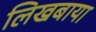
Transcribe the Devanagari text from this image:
लिखबाया